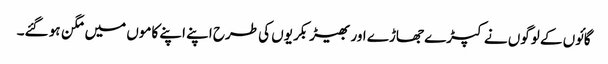
گائوں کے لوگوں نے کپڑے جھاڑے اور بھیڑ بکریوں کی طرح اپنے اپنے کاموں میں مگن ہو گئے۔